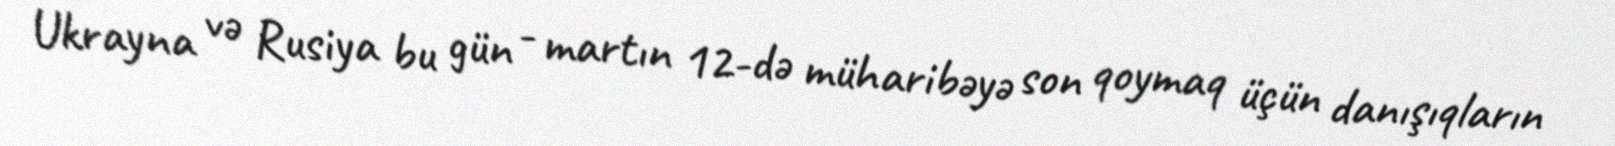
Ukrayna və Rusiya bu gün - martın 12-də müharibəyə son qoymaq üçün danışıqların